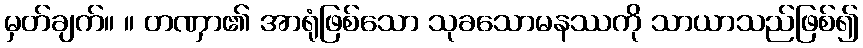
မှတ်ချက်။ ။ တဏှာ၏ အာရုံဖြစ်သော သုခသောမနဿကို သာယာသည်ဖြစ်၍